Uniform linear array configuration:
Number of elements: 4
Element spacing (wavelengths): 0.5
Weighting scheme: exponential
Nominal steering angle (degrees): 30
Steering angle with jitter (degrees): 30.118
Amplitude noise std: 0.05
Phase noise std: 0.05

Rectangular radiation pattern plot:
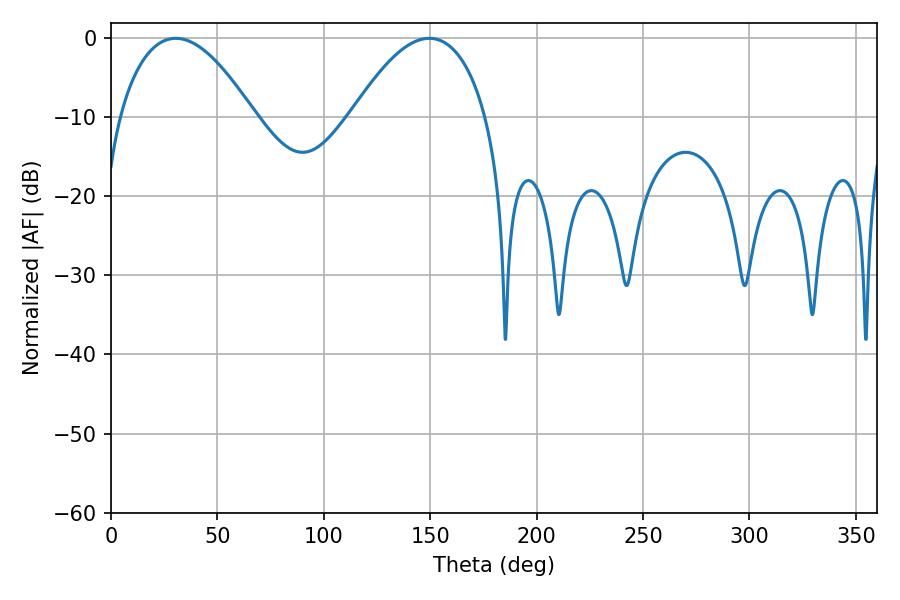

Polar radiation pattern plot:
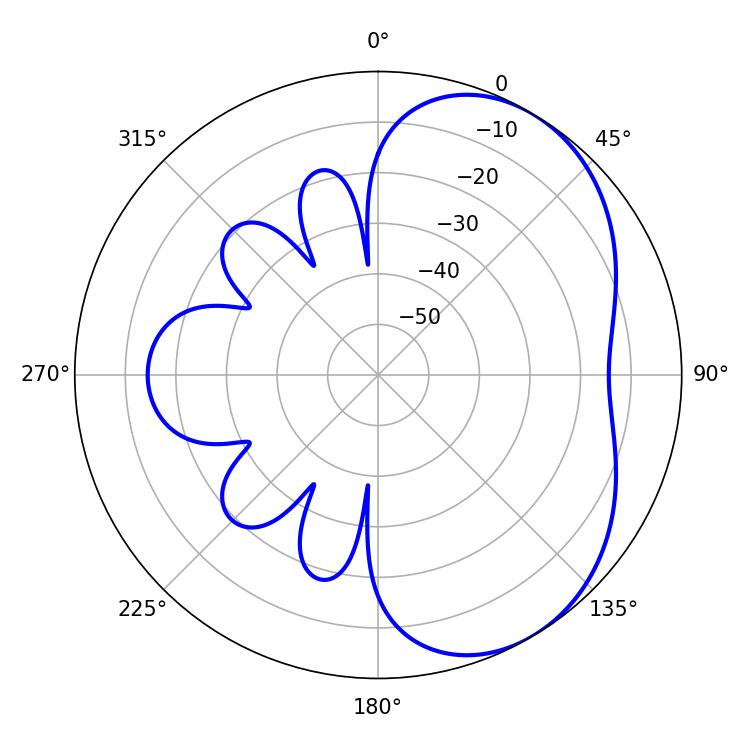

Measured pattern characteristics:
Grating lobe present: FALSE
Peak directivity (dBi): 4.556
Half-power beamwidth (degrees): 35.1
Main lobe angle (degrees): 30.42